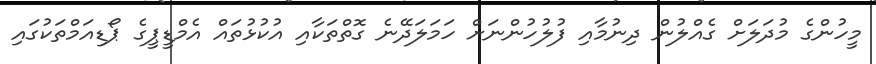
މީހުންގެ މުދަލަށް ގެއްލުން ދިނުމާއި ފުލުހުންނަށް ހަމަލަދޭނެ ގޮތްތަކާއި އުކުޅުތައް އެމްޑީޕީގެ ޕޯޑިއަމްތަކުގައި